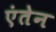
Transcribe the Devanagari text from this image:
एंतेन